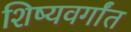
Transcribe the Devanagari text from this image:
शिष्यवर्गांत